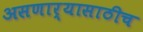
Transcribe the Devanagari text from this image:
असणार्‍यासाठीच